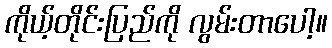
ကိုယ့်တိုင်းပြည်ကို လွမ်းတာပေါ့။